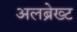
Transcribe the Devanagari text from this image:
अलब्रेख्ट